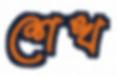
শেখ